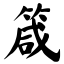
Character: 箴